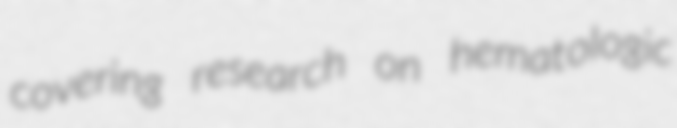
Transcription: covering research on hematologic